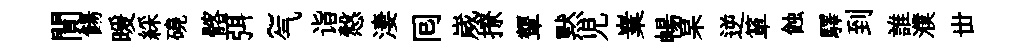
閴餳暖綵磽髂弭~气诣慤淒囘嵗撩顰黙児嶪暢杲逆箪蝕驛到誰濮丗